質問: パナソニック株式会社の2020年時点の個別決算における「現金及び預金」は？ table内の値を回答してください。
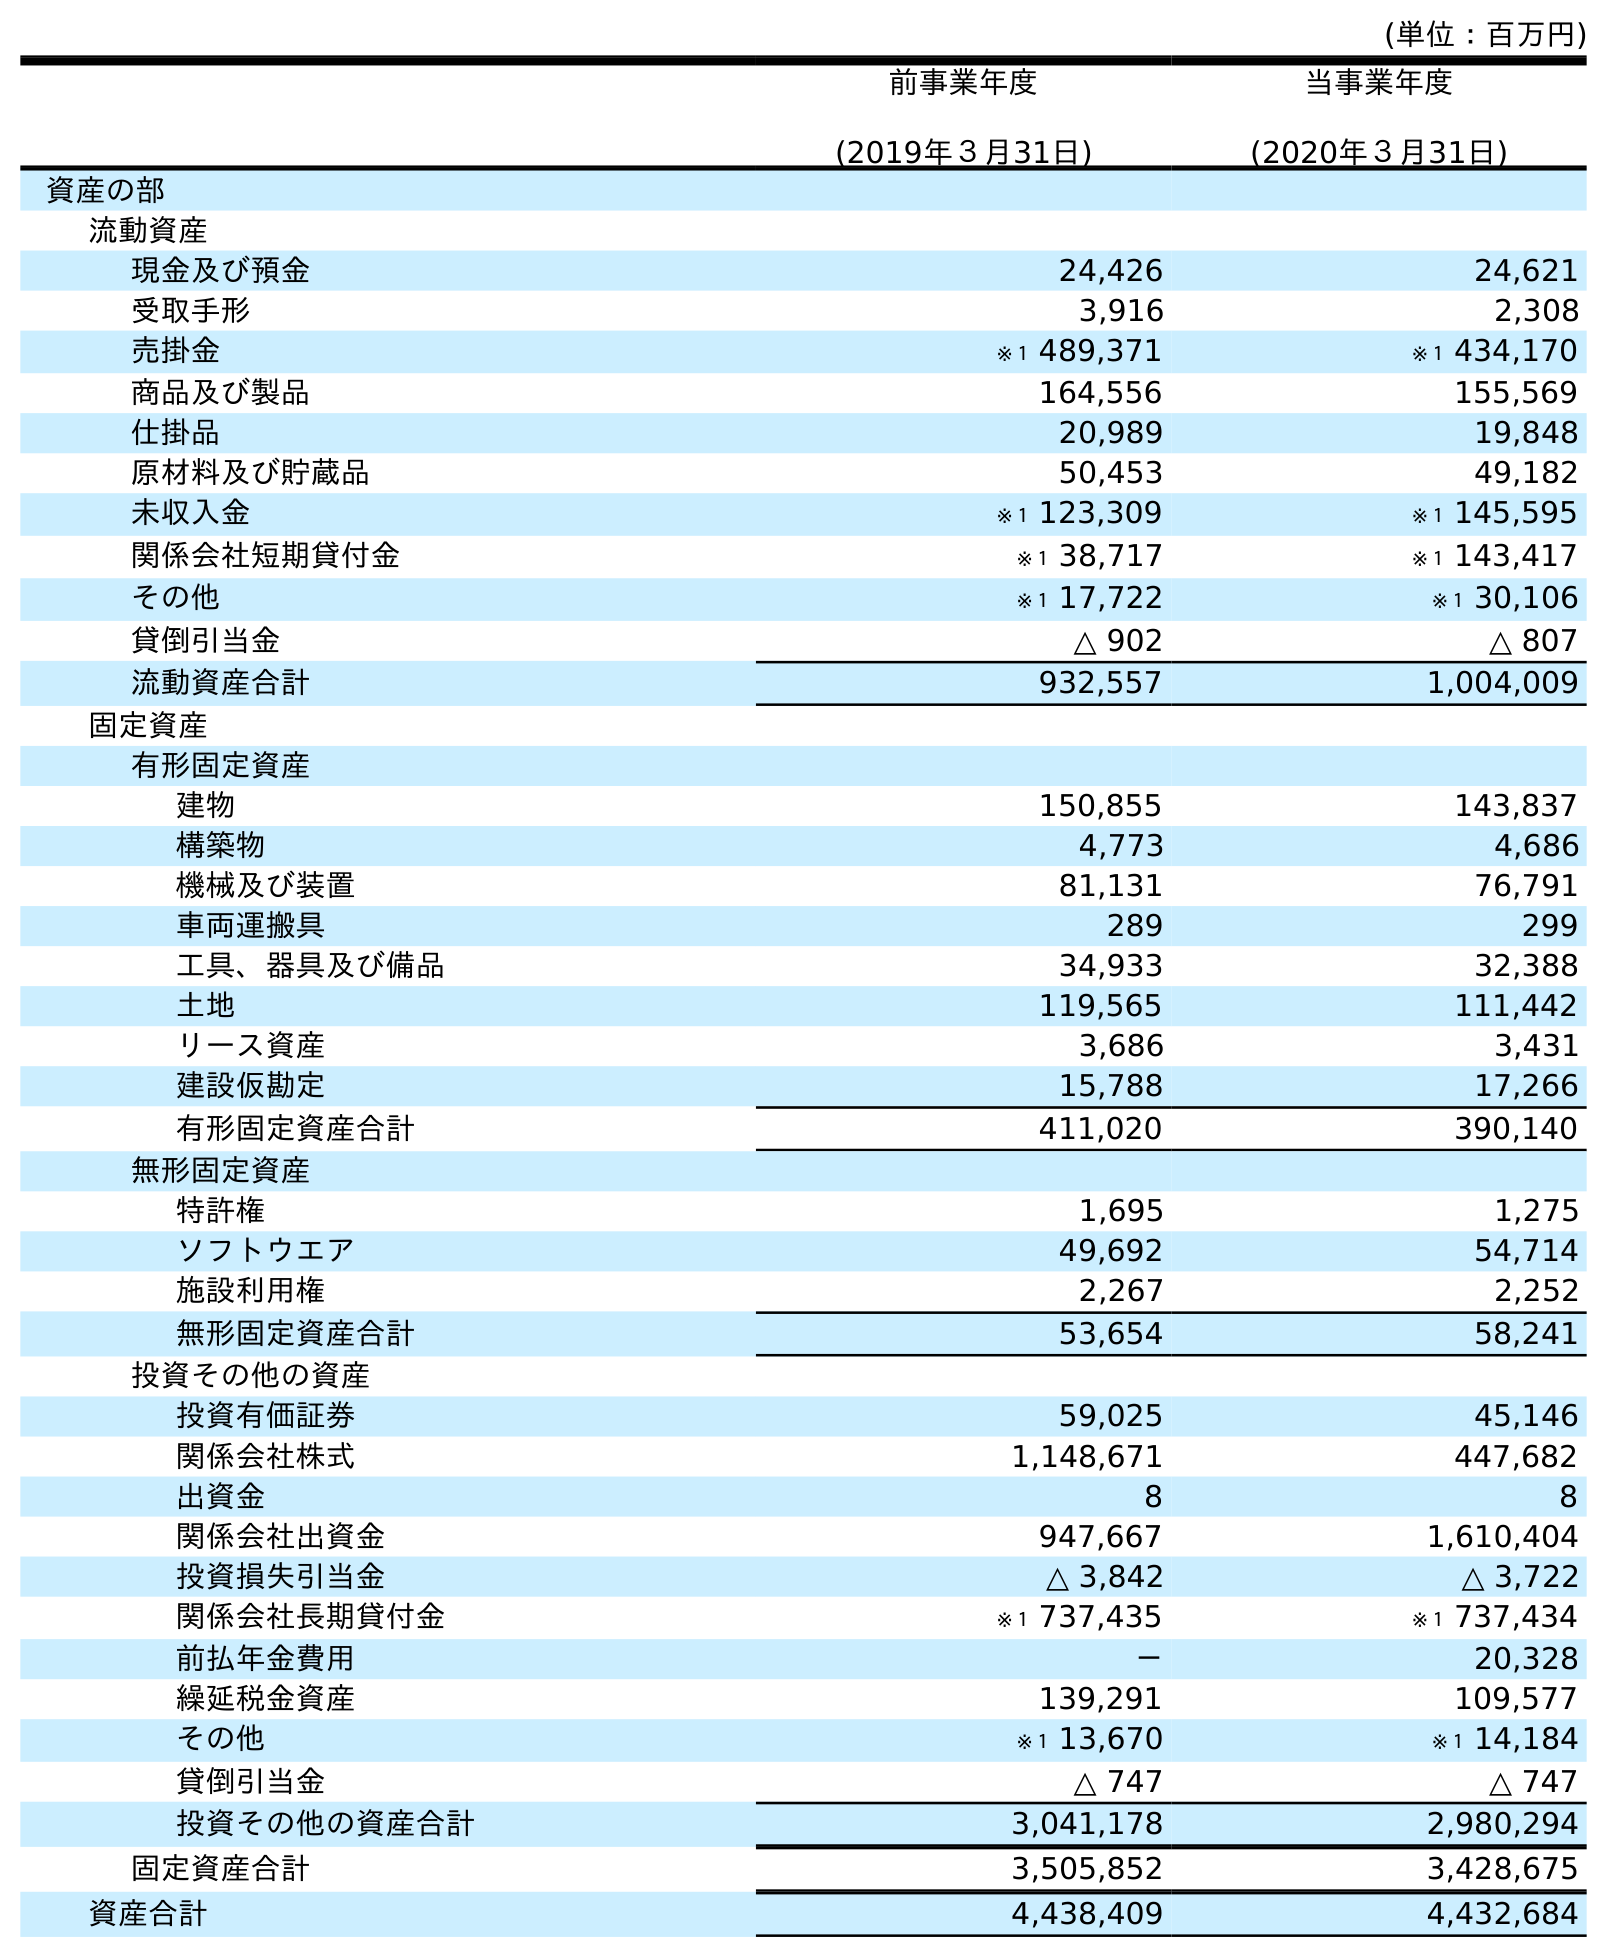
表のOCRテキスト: (単位：百万円) 前事業年度 (2019年３月31日) 当事業年度 (2020年３月31日) 資産の部 流動資産 現金及び預金 24,426 24,621 受取手形 3,916 2,308 売掛金 ※１ 489,371 ※１ 434,170 商品及び製品 164,556 155,569 仕掛品 20,989 19,848 原材料及び貯蔵品 50,453 49,182 未収入金 ※１ 123,309 ※１ 145,595 関係会社短期貸付金 ※１ 38,717 ※１ 143,417 その他 ※１ 17,722 ※１ 30,106 貸倒引当金 △ 902 △ 807 流動資産合計 932,557 1,004,009 固定資産 有形固定資産 建物 150,855 143,837 構築物 4,773 4,686 機械及び装置 81,131 76,791 車両運搬具 289 299 工具、器具及び備品 34,933 32,388 土地 119,565 111,442 リース資産 3,686 3,431 建設仮勘定 15,788 17,266 有形固定資産合計 411,020 390,140 無形固定資産 特許権 1,695 1,275 ソフトウエア 49,692 54,714 施設利用権 2,267 2,252 無形固定資産合計 53,654 58,241 投資その他の資産 投資有価証券 59,025 45,146 関係会社株式 1,148,671 447,682 出資金 8 8 関係会社出資金 947,667 1,610,404 投資損失引当金 △ 3,842 △ 3,722 関係会社長期貸付金 ※１ 737,435 ※１ 737,434 前払年金費用 － 20,328 繰延税金資産 139,291 109,577 その他 ※１ 13,670 ※１ 14,184 貸倒引当金 △ 747 △ 747 投資その他の資産合計 3,041,178 2,980,294 固定資産合計 3,505,852 3,428,675 資産合計 4,438,409 4,432,684
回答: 24,621